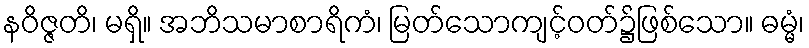
နဝိဇ္ဇတိ၊ မရှိ။ အဘိသမာစာရိကံ၊ မြတ်သောကျင့်ဝတ်၌ဖြစ်သော။ ဓမ္မံ၊